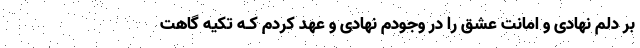
بر دلم نهادی و امانت عشق را در وجودم نهادی و عهد کردم کـه تکیه گاهت